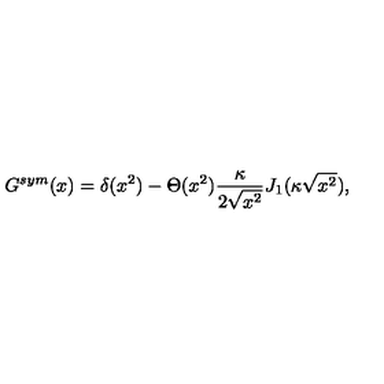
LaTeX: G ^ { s y m } ( x ) = \delta ( x ^ { 2 } ) - \Theta ( x ^ { 2 } ) \frac { \kappa } { 2 \sqrt { x ^ { 2 } } } J _ { 1 } ( \kappa \sqrt { x ^ { 2 } } ) ,